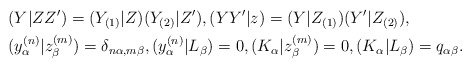
\begin{align*}&(Y|ZZ')=(Y_{(1)}|Z)(Y_{(2)}|Z'), (YY'|z)=(Y|Z_{(1)})(Y'|Z_{(2)}), \\&(y_{\alpha}^{(n)}|z_{\beta}^{(m)})= \delta_{n\alpha,m\beta}, (y_{\alpha}^{(n)}|L_{\beta})=0, (K_{\alpha}|z_{\beta}^{(m)})=0, (K_{\alpha}|L_{\beta})= q_{\alpha\beta}.\end{align*}